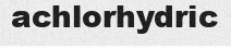
achlorhydric